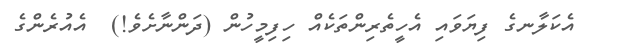
އެކަލާނގެ ފިޔަވައި އެހީތެރިންތަކެއް ހިފިމީހުން (ދަންނާށެވެ!)  އެއުރެންގެ